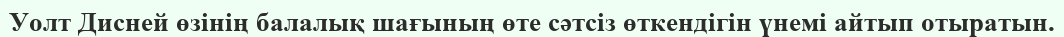
Уолт Дисней өзінің балалық шағының өте сәтсіз өткендігін үнемі айтып отыратын.